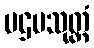
ပဌမသုတ္တံ